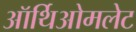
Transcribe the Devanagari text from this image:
ऑर्थिओमलेट